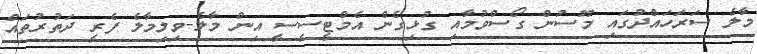
މާލެ ސަރަހައްދުގައި މޫސުން ގޯސްވުމާއި ގުޅިގެން އެމްޓީސީސީ އިން މާލެ-ވިލިމާލެ ފެރީ ދަތުރުތައް